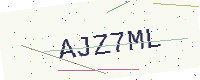
Text: AJZ7ML